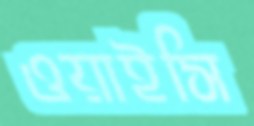
ওয়াইসি